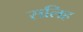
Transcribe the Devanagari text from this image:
सलिह